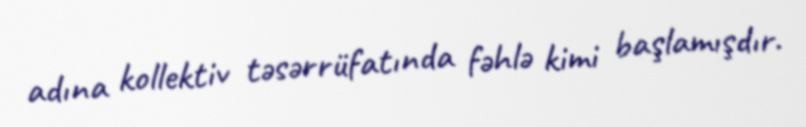
adına kollektiv təsərrüfatında fəhlə kimi başlamışdır.